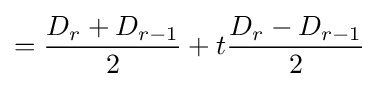
\displaystyle ={\frac {D_{r}+D_{r-1}}{2}}+t{\frac {D_{r}-D_{r-1}}{2}}